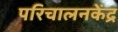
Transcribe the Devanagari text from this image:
परिचालनकेंद्र